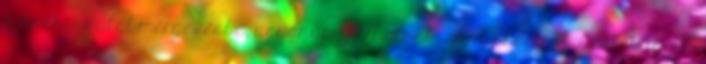
a közhangulat-mérgezésbe, ugyanúgy járhatnak, mint ahogy Huszárék is, ha